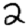
Digit: 2